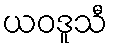
ယဝဒူသီ